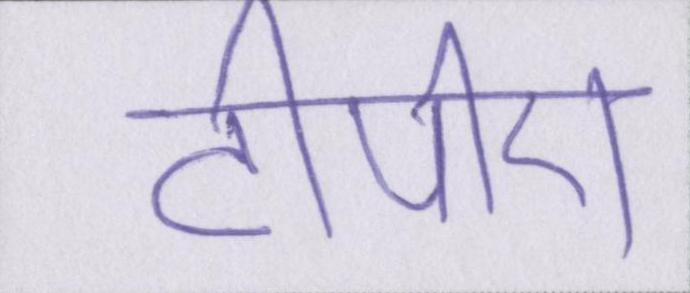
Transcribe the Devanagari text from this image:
टीपीए